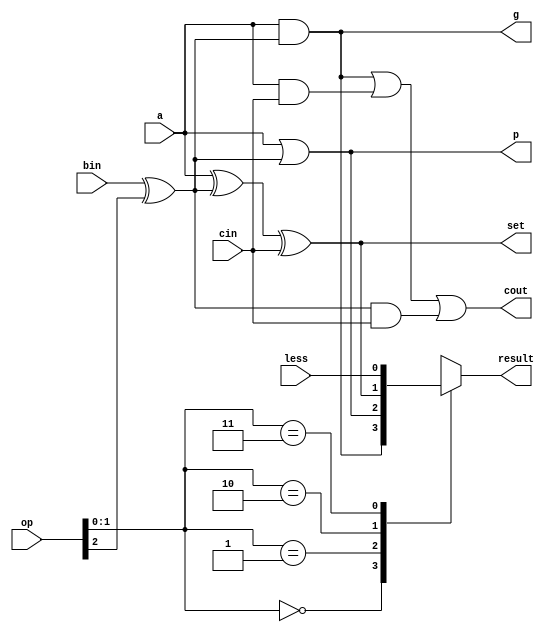
module ALU1Bit(a, bin, cin, less, op, result, cout, g, p, set);
  input a, bin, cin, less;
  input [2:0] op;
  output reg result;
  output cout, g, p, set;

  // Invert b if necessary.
  wire b = bin ^ op[2];

  // AND
  assign g = a & b;
  // OR
  assign p = a | b;
  // Sum
  assign set = a ^ b ^ cin;
  // Carry out
  assign cout = a & b | a & cin | b & cin;

  always @(*) begin
    casez (op)
    // a AND b
    'b ?00: result <= g;
    // a OR b
    'b ?01: result <= p;
    // a ADD/SUB b
    'b ?10: result <= set;
    // a SLT b
    'b ?11: result <= less;
    endcase
  end
endmodule